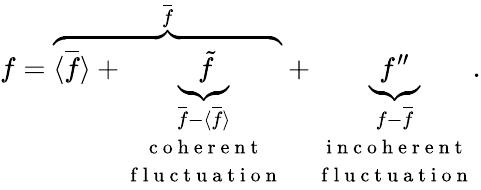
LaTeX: f=\overbrace{\langle{\overline{{f}}}\rangle+\underbrace{\tilde{f}}_{\begin{array}{c}{\overline{{f}}-\langle{\overline{{f}}}\rangle}\\ {\mathrm{~c~o~h~e~r~e~n~t~}}\\ {\mathrm{~f~l~u~c~t~u~a~t~i~o~n~}}\end{array}}}^{\overline{{f}}}+\underbrace{f^{\prime\prime}}_{\begin{array}{c}{f-\overline{{f}}}\\ {\mathrm{~i~n~c~o~h~e~r~e~n~t~}}\\ {\mathrm{~f~l~u~c~t~u~a~t~i~o~n~}}\end{array}}.